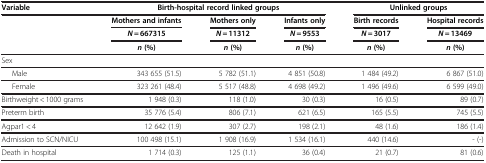
<table><thead><tr><td><b>Variable</b></td><td colspan="3"><b>Birth-hospital record linked groups</b></td><td colspan="2"><b>Unlinked groups</b></td></tr><tr><td rowspan="3"><b> </b></td><td><b>Mothers and infants</b></td><td><b>Mothers only</b></td><td><b>Infants only</b></td><td><b>Birth records</b></td><td><b>Hospital records</b></td></tr><tr><td><b><i>N</i> = 667315</b></td><td><b><i>N =</i> 11312</b></td><td><b><i>N</i> = 9553</b></td><td><b><i>N =</i> 3017</b></td><td><b><i>N =</i> 13469</b></td></tr><tr><td><b><i>n </i>(%)</b></td><td><b><i>n </i>(%)</b></td><td><b><i>n </i>(%)</b></td><td><b><i>n </i>(%)</b></td><td><b><i>n </i>(%)</b></td></tr></thead><tbody><tr><td colspan="6">Sex</td></tr><tr><td>Male</td><td>343 655 (51.5)</td><td>5 782 (51.1)</td><td>4 851 (50.8)</td><td>1 484 (49.2)</td><td>6 867 (51.0)</td></tr><tr><td>Female</td><td>323 261 (48.4)</td><td>5 517 (48.8)</td><td>4 698 (49.2)</td><td>1 496 (49.6)</td><td>6 599 (49.0)</td></tr><tr><td>Birthweight &lt; 1000 grams</td><td>1 948 (0.3)</td><td>118 (1.0)</td><td>30 (0.3)</td><td>16 (0.5)</td><td>89 (0.7)</td></tr><tr><td>Preterm birth</td><td>35 776 (5.4)</td><td>806 (7.1)</td><td>621 (6.5)</td><td>165 (5.5)</td><td>745 (5.5)</td></tr><tr><td>Agpar1 &lt; 4</td><td>12 642 (1.9)</td><td>307 (2.7)</td><td>198 (2.1)</td><td>48 (1.6)</td><td>186 (1.4)</td></tr><tr><td>Admission to SCN/NICU</td><td>100 498 (15.1)</td><td>1 908 (16.9)</td><td>1 534 (16.1)</td><td>440 (14.6)</td><td>- (-)</td></tr><tr><td>Death in hospital</td><td>1 714 (0.3)</td><td>125 (1.1)</td><td>36 (0.4)</td><td>21 (0.7)</td><td>81 (0.6)</td></tr></tbody></table>